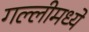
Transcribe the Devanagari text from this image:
गल्लीमध्ये